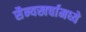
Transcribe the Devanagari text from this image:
सैन्यखर्चामध्ये